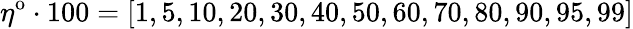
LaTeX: \eta^{\mathrm{o}}\cdot 100=[1,5,10,20,30,40,50,60,70,80,90,95,99]